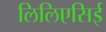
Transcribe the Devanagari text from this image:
लिलिएसिई